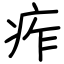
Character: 痄